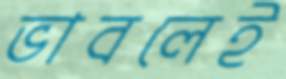
ভাবলেই